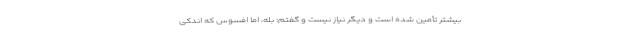
بیشتر تأمین شده است و دیگر نیاز نیست و گفتم: بله، اما افسوس که اندکی